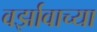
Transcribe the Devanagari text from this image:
वर्झावाच्या